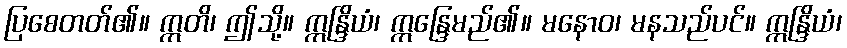
ပြစေတတ်၏။ ဣတိ၊ ဤသို့။ ဣန္ဒြိယံ၊ ဣန္ဒြေမည်၏။ မနောဝ၊ မနသည်ပင်။ ဣန္ဒြိယံ၊